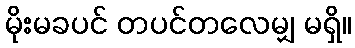
မိုးမခပင် တပင်တလေမျှ မရှိ။